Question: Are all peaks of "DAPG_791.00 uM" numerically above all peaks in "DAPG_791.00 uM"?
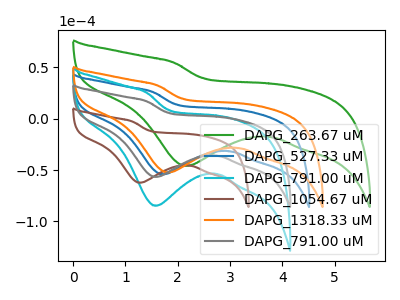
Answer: <think>The green curve "DAPG_263.67 uM" has a cathodic peak at: (2.15V, -45.90uA). The blue curve "DAPG_527.33 uM" has a cathodic peak at: (1.70V, -54.10uA). The cyan curve "DAPG_791.00 uM" has a cathodic peak at: (1.55V, -84.75uA). The brown curve "DAPG_1054.67 uM" has a cathodic peak at: (1.25V, -62.30uA). The orange curve "DAPG_1318.33 uM" has a cathodic peak at: (1.80V, -52.30uA). The gray curve "DAPG_791.00 uM" has a cathodic peak at: (1.55V, -56.65uA).</think>
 <answer>Every peak in "DAPG_791.00 uM" is lower than every peak in "DAPG_791.00 uM".</answer>
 <eval>lower</eval>